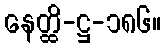
နေတ္ထိ-ဋ္ဌ-၁၈၆။